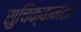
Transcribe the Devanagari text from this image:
सुचिक्कनता